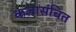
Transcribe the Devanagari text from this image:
कलासंचित